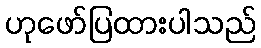
ဟုဖော်ပြထားပါသည်